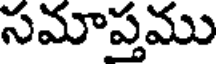
సమాప్తము